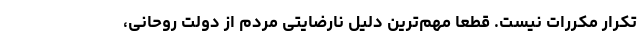
تکرار مکررات نیست. قطعا مهم‌ترین دلیل نارضایتی مردم از دولت روحانی،